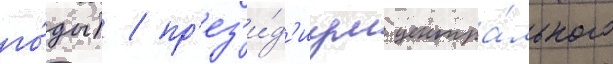
го́ды) / пр'ез'и́д'иум центра́льного